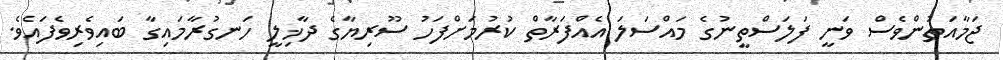
ޖަމާއަތުންވެސް ވަނީ ފަލަސްތީނުގެ މައްސަލަ އެއްފަރާތް ކުރުމަށްފަހު ސޫރިޔާގެ ދާޚިލީ ހަނގުރާމައިގާ ބައިވެރިވެފައެވެ.